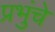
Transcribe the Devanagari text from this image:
प्रभुंचे